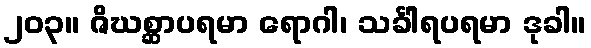
၂၀၃။ ဇိဃစ္ဆာပရမာ ရောဂါ၊ သင်္ခါရပရမာ ဒုခါ။